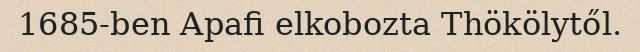
1685-ben Apafi elkobozta Thökölytől.